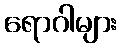
ရောဂါများ